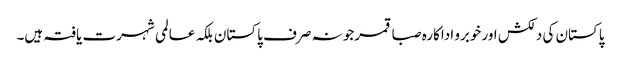
پاکستان کی دلکش اور خوبرو اداکارہ صبا قمرجو نہ صرف پاکستان بلکہ عالمی شہرت یافتہ ہیں۔